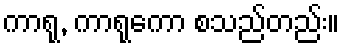
ကာရု, ကာရုကော စသည်တည်း။